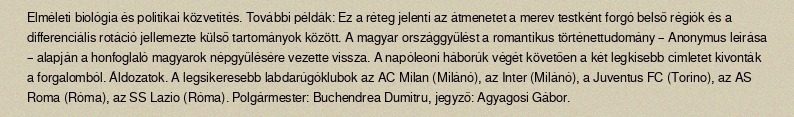
Elméleti biológia és politikai közvetítés. További példák: Ez a réteg jelenti az átmenetet a merev testként forgó belső régiók és a differenciális rotáció jellemezte külső tartományok között. A magyar országgyűlést a romantikus történettudomány – Anonymus leírása – alapján a honfoglaló magyarok népgyűlésére vezette vissza. A napóleoni háborúk végét követően a két legkisebb címletet kivonták a forgalomból. Áldozatok. A legsikeresebb labdarúgóklubok az AC Milan (Milánó), az Inter (Milánó), a Juventus FC (Torino), az AS Roma (Róma), az SS Lazio (Róma). Polgármester: Buchendrea Dumitru, jegyző: Agyagosi Gábor.